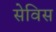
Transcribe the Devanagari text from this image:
सेविस